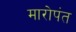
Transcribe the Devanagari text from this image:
मारोपंत